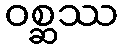
ဝစ္ဆဿ